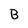
Character: B